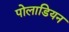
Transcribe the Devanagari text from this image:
पोलाडियन